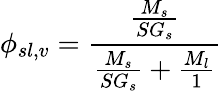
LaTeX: \phi_{sl,v}={\frac{\frac{M_{s}}{SG_{s}}}{{\frac{M_{s}}{SG_{s}}}+{\frac{M_{l}}{1}}}}